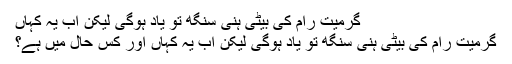
گرمیت رام کی بیٹی ہنی سنگھ تو یاد ہوگی لیکن اب یہ کہاں
گرمیت رام کی بیٹی ہنی سنگھ تو یاد ہوگی لیکن اب یہ کہاں اور کس حال میں ہے؟